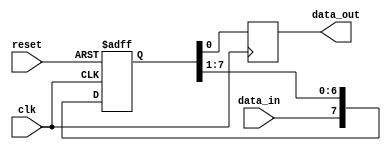
module shift_register (
  input wire clk,
  input wire reset,
  input wire data_in,
  output reg data_out
);

parameter NUM_STAGES = 8;
parameter SHIFT_DIRECTION = 1; // 1 for right shift, 0 for left shift

reg [NUM_STAGES-1:0] register;

always @(posedge clk or posedge reset) begin
  if (reset) begin
    register <= 0;
  end else begin
    if (SHIFT_DIRECTION) begin
      register <= {data_in, register[NUM_STAGES-1:1]};
    end else begin
      register <= {register[NUM_STAGES-2:0], data_in};
    end
  end
end

always @(posedge clk) begin
  data_out <= register[0];
end

endmodule